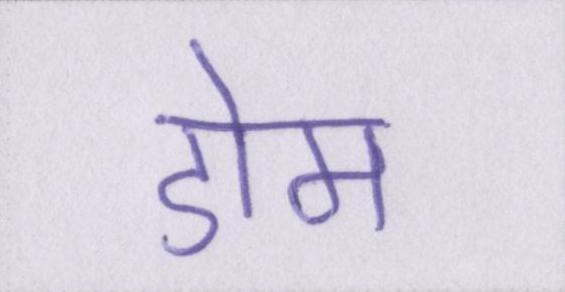
डोम